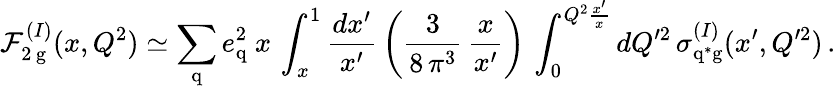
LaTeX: {\cal F}_{2\, \mathrm{g}}^{(I)}(x,Q^{2})\simeq\sum_{\mathrm{q}}e_{\mathrm{q}}^{2}\ x\, \int_{x}^{1}\frac{dx^{\prime}}{x^{\prime}}\, \left(\frac{3}{8\, \pi^{3}}\, \frac{x}{x^{\prime}}\right)\, \int_{0}^{Q^{2}\frac{x^{\prime}}{x}}dQ^{\prime 2}\, \sigma_{\mathrm{q}^{\ast}\mathrm{g}}^{(I)}(x^{\prime},Q^{\prime 2})\, .